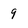
Character: 9